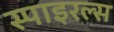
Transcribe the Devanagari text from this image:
स्पाइरल्स